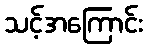
သင့်အကြောင်း